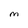
Character: M